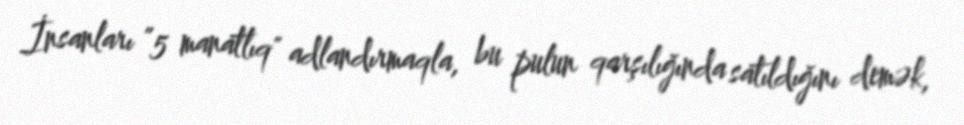
İnsanları ”5 manatlıq" adlandırmaqla, bu pulun qarşılığında satıldığını demək,